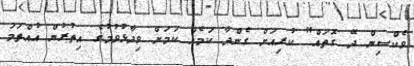
ވެކްސިން ދޭ ގޮތައް" ކުރިއަށް ގެންދާ ކަމެއް ކަމަށް ވިދާޅުވުމުގެ އިތުރުން އުއްތަމަ